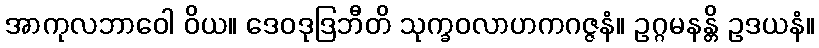
အာကုလဘာဝေါ ဝိယ။ ဒေဝဒုဒြဘီတိ သုက္ခဝလာဟကဂဇ္ဇနံ။ ဥဂ္ဂမနန္တိ ဥဒယနံ။